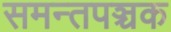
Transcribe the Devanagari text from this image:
समन्तपञ्चक